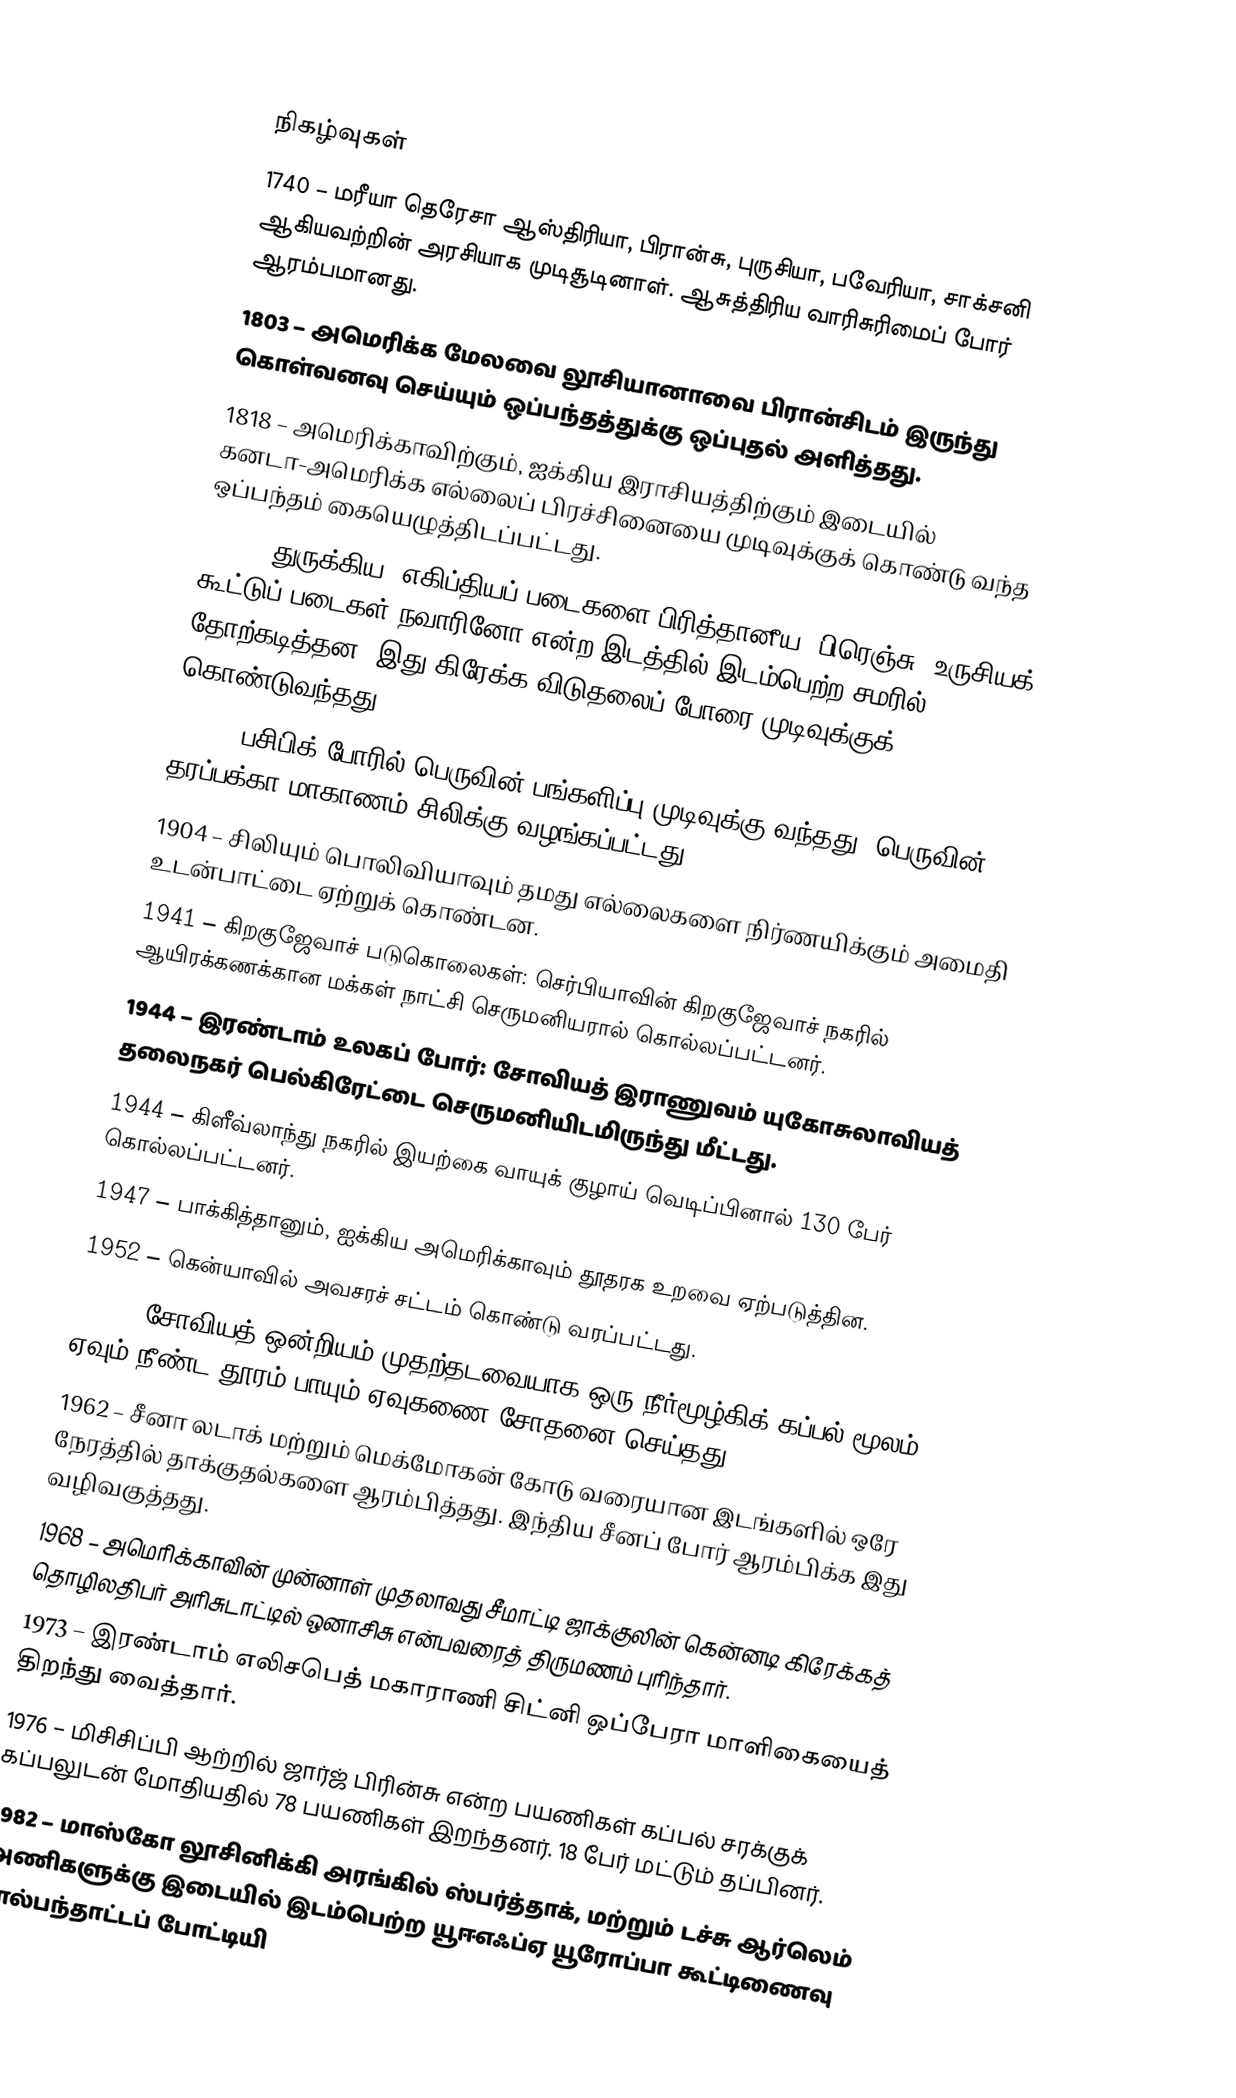

நிகழ்வுகள்
1740 – மரீயா தெரேசா ஆஸ்திரியா, பிரான்சு, புருசியா, பவேரியா, சாக்சனி ஆகியவற்றின் அரசியாக முடிசூடினாள். ஆசுத்திரிய வாரிசுரிமைப் போர் ஆரம்பமானது.
1803 – அமெரிக்க மேலவை லூசியானாவை பிரான்சிடம் இருந்து கொள்வனவு செய்யும் ஒப்பந்தத்துக்கு ஒப்புதல் அளித்தது.
1818 – அமெரிக்காவிற்கும், ஐக்கிய இராசியத்திற்கும் இடையில் கனடா-அமெரிக்க எல்லைப் பிரச்சினையை முடிவுக்குக் கொண்டு வந்த ஒப்பந்தம் கையெழுத்திடப்பட்டது.
1827 – துருக்கிய, எகிப்தியப் படைகளை பிரித்தானீய, பிரெஞ்சு, உருசியக் கூட்டுப் படைகள் நவாரினோ என்ற இடத்தில் இடம்பெற்ற சமரில் தோற்கடித்தன. இது கிரேக்க விடுதலைப் போரை முடிவுக்குக் கொண்டுவந்தது.
1883 – பசிபிக் போரில் பெருவின் பங்களிப்பு முடிவுக்கு வந்தது. பெருவின் தரப்பக்கா மாகாணம் சிலிக்கு வழங்கப்பட்டது.
1904 – சிலியும் பொலிவியாவும் தமது எல்லைகளை நிர்ணயிக்கும் அமைதி உடன்பாட்டை ஏற்றுக் கொண்டன.
1941 – கிறகுஜேவாச் படுகொலைகள்: செர்பியாவின் கிறகுஜேவாச் நகரில் ஆயிரக்கணக்கான மக்கள் நாட்சி செருமனியரால் கொல்லப்பட்டனர்.
1944 – இரண்டாம் உலகப் போர்: சோவியத் இராணுவம் யுகோசுலாவியத் தலைநகர்  பெல்கிரேட்டை செருமனியிடமிருந்து மீட்டது.
1944 – கிளீவ்லாந்து நகரில் இயற்கை வாயுக் குழாய் வெடிப்பினால் 130 பேர் கொல்லப்பட்டனர்.
1947 – பாக்கித்தானும், ஐக்கிய அமெரிக்காவும் தூதரக உறவை ஏற்படுத்தின.
1952 – கென்யாவில் அவசரச் சட்டம் கொண்டு வரப்பட்டது.
1961 – சோவியத் ஒன்றியம் முதற்தடவையாக ஒரு நீர்மூழ்கிக் கப்பல் மூலம் ஏவும் நீண்ட தூரம் பாயும் ஏவுகணை சோதனை செய்தது.
1962 – சீனா லடாக் மற்றும் மெக்மோகன் கோடு வரையான இடங்களில் ஒரே நேரத்தில் தாக்குதல்களை ஆரம்பித்தது. இந்திய சீனப் போர் ஆரம்பிக்க இது வழிவகுத்தது.
1968 – அமெரிக்காவின் முன்னாள் முதலாவது சீமாட்டி ஜாக்குலின் கென்னடி கிரேக்கத் தொழிலதிபர் அரிசுடாட்டில் ஒனாசிசு என்பவரைத் திருமணம் புரிந்தார்.
1973 – இரண்டாம் எலிசபெத் மகாராணி சிட்னி ஒப்பேரா மாளிகையைத் திறந்து வைத்தார்.
1976 – மிசிசிப்பி ஆற்றில் ஜார்ஜ் பிரின்சு என்ற பயணிகள் கப்பல் சரக்குக் கப்பலுடன் மோதியதில் 78 பயணிகள் இறந்தனர். 18 பேர் மட்டும் தப்பினர்.
1982 – மாஸ்கோ லூசினிக்கி அரங்கில் ஸ்பர்த்தாக், மற்றும் டச்சு ஆர்லெம் அணிகளுக்கு இடையில் இடம்பெற்ற யூஈஎஃப்ஏ யூரோப்பா கூட்டிணைவு கால்பந்தாட்டப் போட்டியி